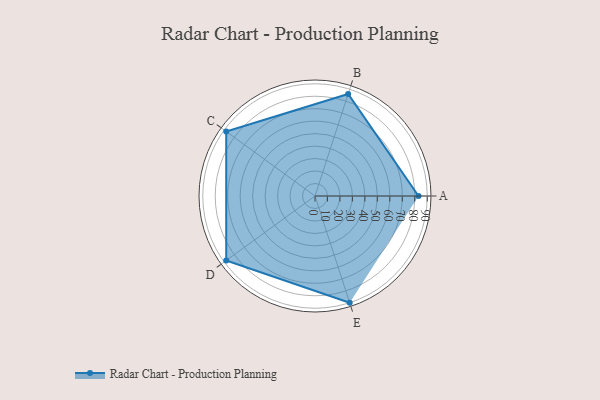
{"axis": {"x": "Skill", "y": "Score"}, "legend": ["Profile"], "data": [{"x": "A", "y": 83.0, "type": "Profile"}, {"x": "B", "y": 86.0, "type": "Profile"}, {"x": "C", "y": 88.0, "type": "Profile"}, {"x": "D", "y": 88.0, "type": "Profile"}, {"x": "E", "y": 90.0, "type": "Profile"}]}